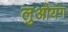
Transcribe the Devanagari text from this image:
लुओयंग